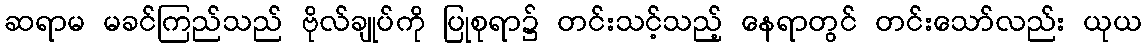
ဆရာမ မခင်ကြည်သည် ဗိုလ်ချုပ်ကို ပြုစုရာ၌ တင်းသင့်သည့် နေရာတွင် တင်းသော်လည်း ယုယ